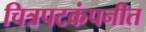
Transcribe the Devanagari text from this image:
चित्रपटकंपनीत